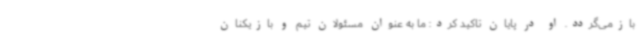
بازمی‌گردد. او در پایان تاکید کرد: ما به عنوان مسئولان تیم و بازیکنان